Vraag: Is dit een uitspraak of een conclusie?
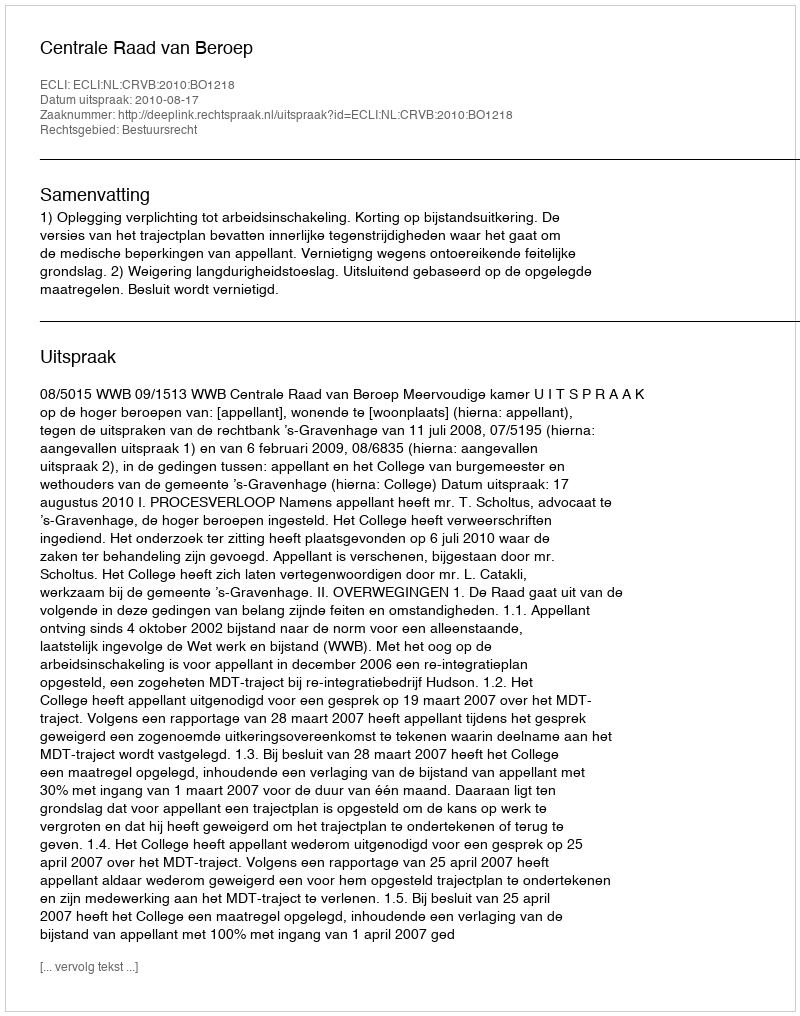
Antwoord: Uitspraak